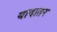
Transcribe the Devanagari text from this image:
यादातर